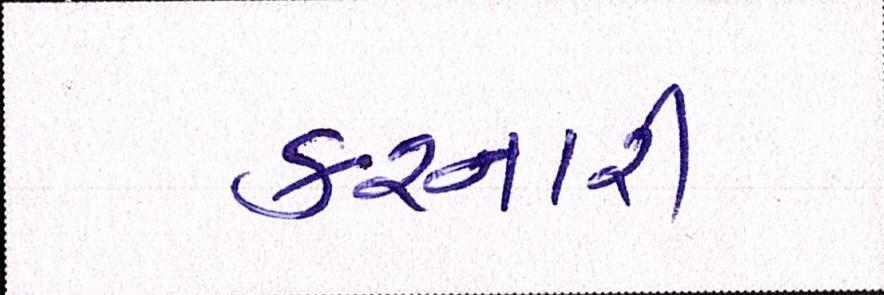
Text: કરનારી